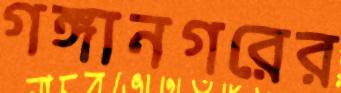
গঙ্গানগরের